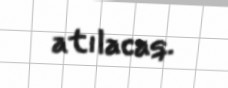
atılacaq.